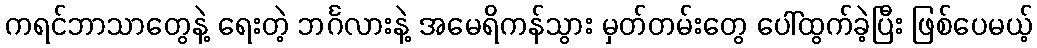
ကရင်ဘာသာတွေနဲ့ ရေးတဲ့ ဘင်္ဂလားနဲ့ အမေရိကန်သွား မှတ်တမ်းတွေ ပေါ်ထွက်ခဲ့ပြီး ဖြစ်ပေမယ့်